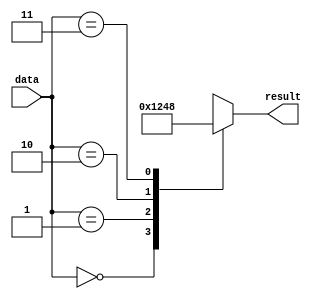
module casez_statement (
    input [1:0] data,
    output reg [3:0] result
);

always @*
begin
    casez (data)
        2'b00: result = 4'b0001;
        2'b01: result = 4'b0010;
        2'b10: result = 4'b0100;
        2'b11: result = 4'b1000;
        default: result = 4'b0000;
    endcase
end

endmodule